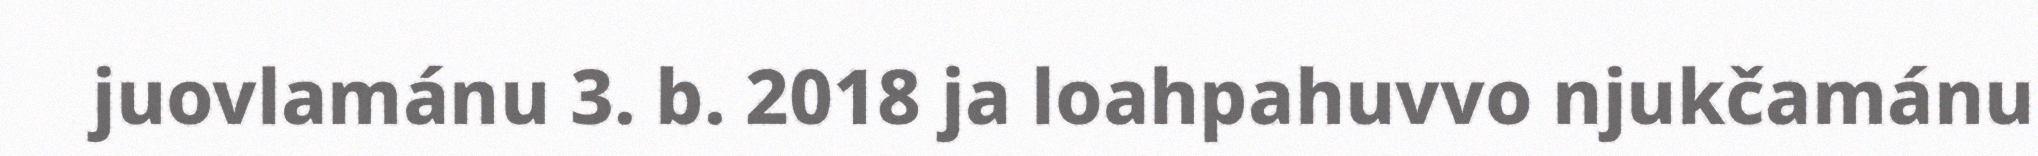
juovlamánu 3. b. 2018 ja loahpahuvvo njukčamánu